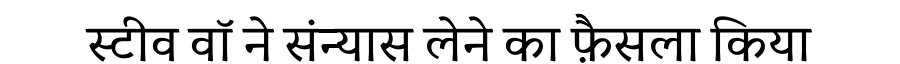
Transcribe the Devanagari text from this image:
स्टीव वॉ ने संन्यास लेने का फ़ैसला किया